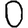
Digit: 0